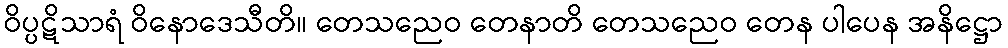
ဝိပ္ပဋိသာရံ ဝိနောဒေသီတိ။ တေသညေဝ တေနာတိ တေသညေဝ တေန ပါပေန အနိဋ္ဌော